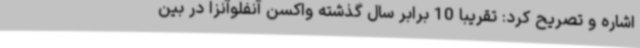
اشاره و تصریح کرد: تقریبا 10 برابر سال گذشته واکسن آنفلوآنزا در بین